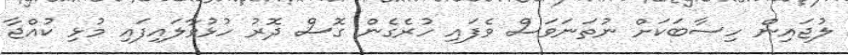
ލުޖައިން ހިސާބަކަށް ނުތަނަވަސް ވެފައި ހުރެގެން ގޮސް ދޮރު ހުޅުވާލައިފައި މުޅި ކުއްޖާ